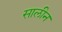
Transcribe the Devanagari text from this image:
सालीन